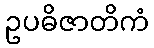
ဥပဓိဇာတိကံ